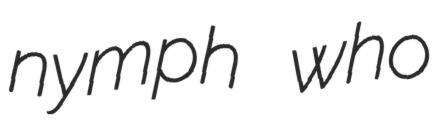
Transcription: nymph who